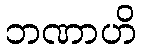
ဘဏာဟိ